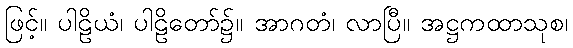
ဖြင့်။ ပါဠိယံ၊ ပါဠိတော်၌။ အာဂတံ၊ လာပြီ။ အဋ္ဌကထာသုစ၊